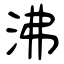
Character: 沸